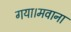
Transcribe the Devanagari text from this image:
गया।मवाना